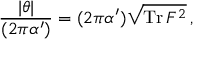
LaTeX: { \frac { | \theta | } { ( 2 \pi \alpha ^ { \prime } ) } } = ( 2 \pi \alpha ^ { \prime } ) \sqrt { \mathrm { T r } \, F ^ { 2 } } \, ,